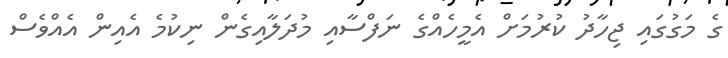
ގެ މަގުގައި ޖިހާދު ކުރުމަށް އެމީހެއްގެ ނަފްސާއި މުދަލާއިގެން ނިކުމެ އެއިން އެއްވެސް